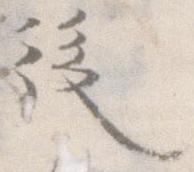
後